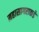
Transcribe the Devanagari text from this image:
महासागराकडे